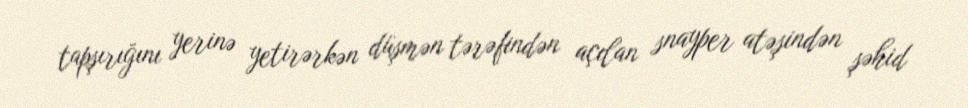
tapşırığını yerinə yetirərkən düşmən tərəfindən açılan snayper atəşindən şəhid